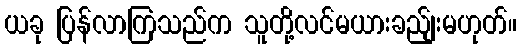
ယခု ပြန်လာကြသည်က သူတို့လင်မယားခည်ျးမဟုတ်။